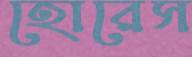
হোরেস